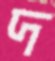
দ